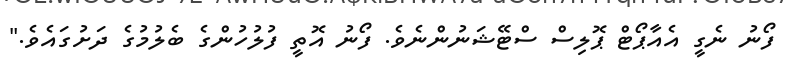
ފޯނު ނެގީ އެއާޕޯޓް ޕޮލިސް ސްޓޭޝަނުންނެވެ. ފޯނު އޮތީ ފުލުހުންގެ ބެލުމުގެ ދަށުގައެވެ."